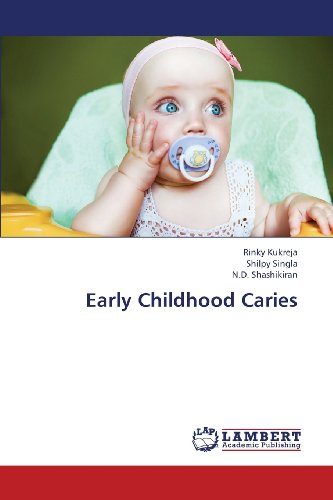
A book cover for Early Childhood Caries; Rinky Kukreja; Medical Books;